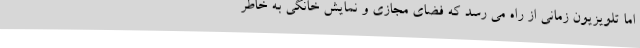
اما تلویزیون زمانی از راه می رسد که فضای مجازی و نمایش خانگی به خاطر